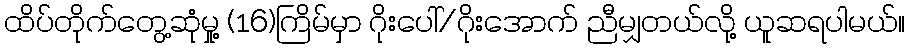
ထိပ်တိုက်တွေ့ဆုံမှု့ (16)ကြိမ်မှာ ဂိုးပေါ်/ဂိုးအောက် ညီမျှတယ်လို့ ယူဆရပါမယ်။